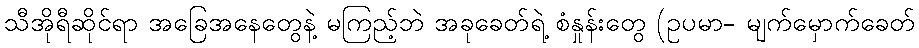
သီအိုရီဆိုင်ရာ အခြေအနေတွေနဲ့ မကြည့်ဘဲ အခုခေတ်ရဲ့ စံနှုန်းတွေ (ဥပမာ- မျက်မှောက်ခေတ်